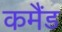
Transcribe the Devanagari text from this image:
कमैंड